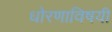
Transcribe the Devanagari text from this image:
धोरणाविषयी